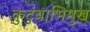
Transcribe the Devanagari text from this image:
कुटुंबाभिमुख